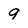
Character: g